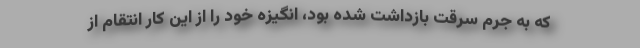
که به جرم سرقت بازداشت شده بود، انگیزه خود را از این کار انتقام از